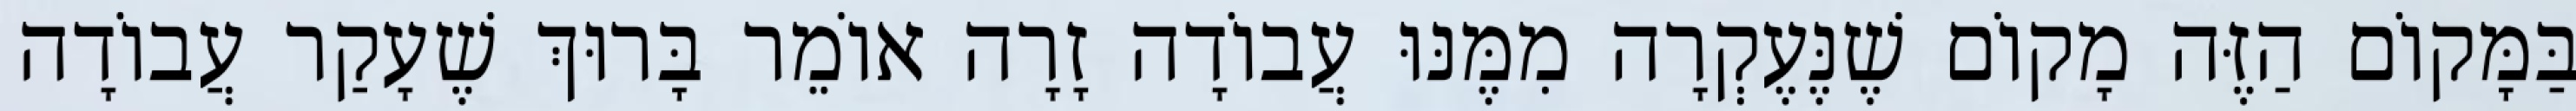
בַּמָּקוֹם הַזֶּה מָקוֹם שֶׁנֶּעֶקְרָה מִמֶּנּוּ עֲבוֹדָה זָרָה אוֹמֵר בָּרוּךְ שֶׁעָקַר עֲבוֹדָה